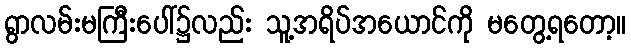
ရွာလမ်းမကြီးပေါ်၌လည်း သူ့အရိပ်အယောင်ကို မတွေ့ရတော့။